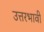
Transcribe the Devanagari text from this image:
उत्तरभावी